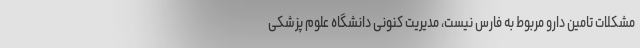
مشکلات تامین دارو مربوط به فارس نیست، مدیریت کنونی دانشگاه علوم پزشکی